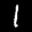
Label: 1